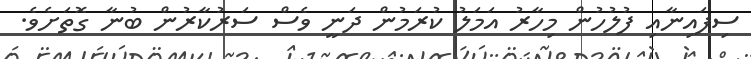
ސިފައިނާއި ފުލުހުން މިހާރު އަމަލު ކުރަމުން ދަނީ ވެސް ސަރުކާރުން ބުނާ ގޮތަށެވެ.